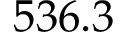
5 3 6 . 3